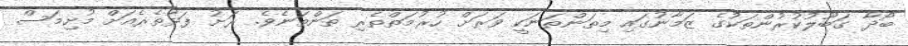
ބޯދާ ގަބޫލުކުރުންތަކުގެ ޒަމާނުގައި މިތަންތަނަކީ ވަރަށް ހުރުމަތްތެރި ތަންތަނެވެ. ރަށު ފަޅުތެރެއަށް މުށިމަސް